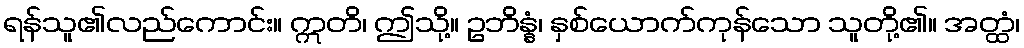
ရန်သူ၏လည်ကောင်း။ ဣတိ၊ ဤသို့။ ဥဘိန္နံ၊ နှစ်ယောက်ကုန်သော သူတို့၏။ အတ္ထံ၊